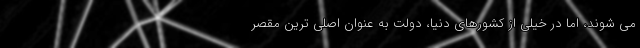
می شوند، اما در خیلی از کشورهای دنیا، دولت به عنوان اصلی ترین مقصر